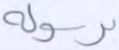
برسوله